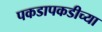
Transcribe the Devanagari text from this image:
पकडापकडीच्या